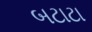
બટાટા